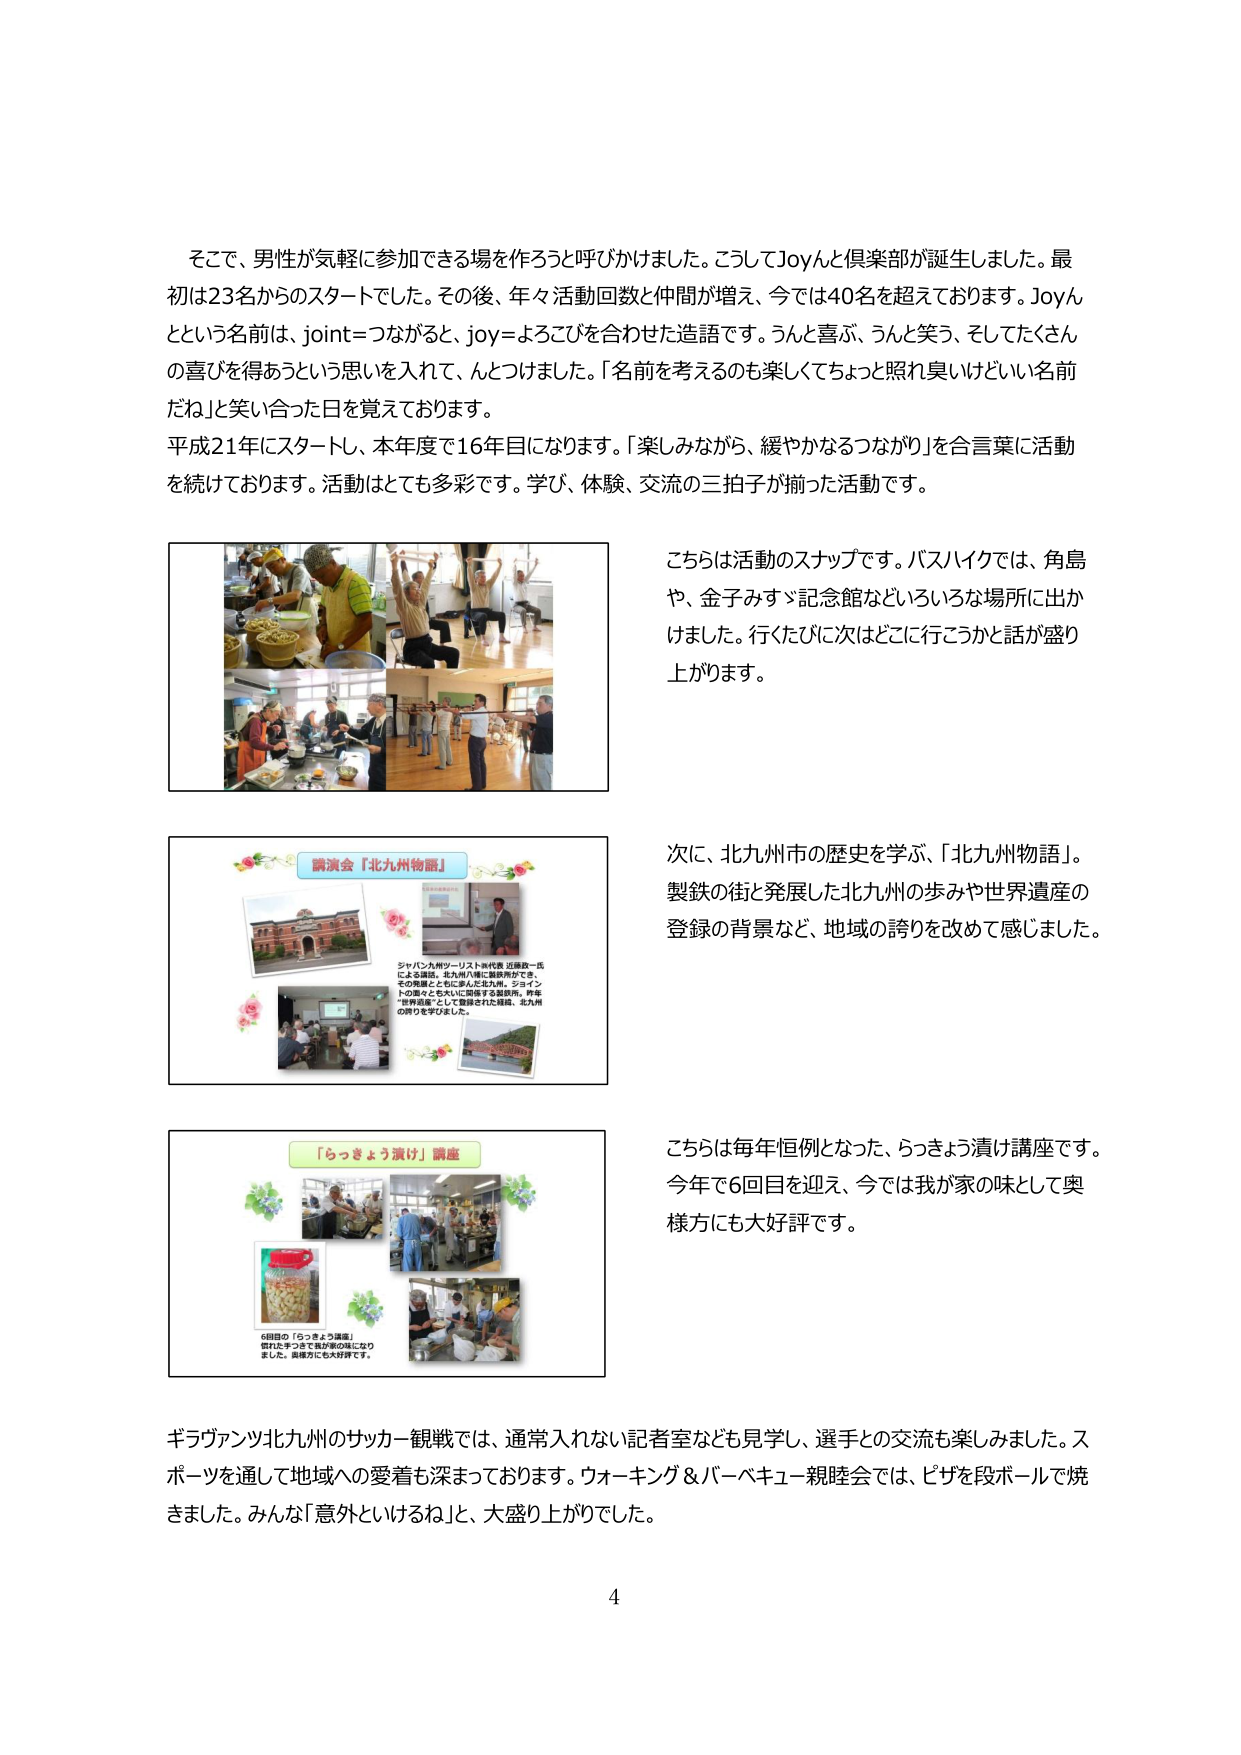
そこで、男性が気軽に参加できる場を作ろうと呼びかけました。こうしてJoyんと倶楽部が誕生しました。最初は23名からのスタートでした。その後、年々活動回数と仲間が増え、今では40名を超えております。Joyんという名前は、joint＝つながると、joy＝よろこびを合わせた造語です。うんと喜ぶ、うんと笑う、そしてたくさんの喜びを得あうという思いを入れて、んとつけました。「名前を考えるのも楽しくてちょっと照れ臭いけどいい名前だね」と笑い合った日を覚えています。

平成21年にスタートし、本年度で16年目になります。「楽しみながら、緩やかなるつながり」を合言葉に活動を続けております。活動はとても多彩です。学び、体験、交流の三拍子が揃った活動です。

こちらは活動のスナップです。バスハイクでは、角島や、金子みすゞ記念館などいろいろな場所に出かけました。行くたびに次はどこに行こうかと話が盛り上がります。

次に、北九州市の歴史を学ぶ、「北九州物語」。製鉄の街で発展した北九州の歩みや世界遺産の登録の背景など、地域の誇りを改めて感じました。

こちらは毎年恒例となった、らっきょう漬け講座です。今年で6回目を迎え、今では我が家の味として奥様方にも大好評です。

講演会『北九州物語』
ジャパン九州ツーリスト㈱代表 近藤政一氏による講話。北九州市八幡に勤務歴があり、その歴史とともに歩んだ北九州。ジョイントの皆さまと共に開催する講座。昨年「世界遺産」として登録された福岡、北九州の誇りを学びました。

「らっきょう漬け」講座
6回目の「らっきょう講座」
慣れた手つきで我が家の味になり
ました。奥様方にも大好評です。

グラヴァンツ北九州のサッカー観戦では、通常入れない記者室なども見学し、選手との交流も楽しみました。スポーツを通して地域への愛着も深まっております。ウォーキング＆バーベキュー親睦会では、ピザを段ボールで焼きました。みんな「意外といけるね」と、大盛り上がりでした。

4